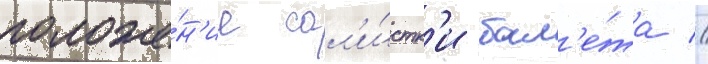
положе́н'ие сол'и́стк'и бал'е́та //